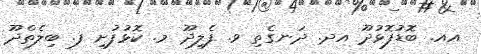
އއ. ބޮޑުފޮޅުދޫ އދ. ދަނގެތި ވ. ފެލިދޫ މ. ކޮޅުފުށި ފ. ބިލެތްދޫ